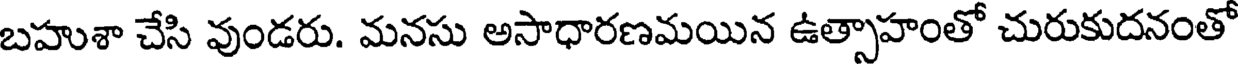
బహుశా చేసి వుండరు. మనసు అసాధారణమయిన ఉత్సాహంతో చురుకుదనంతో